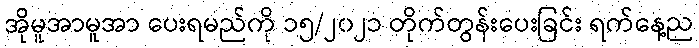
အိုမူအာမူအာ ပေးရမည်ကို ၁၅/၂၀၂၁ တိုက်တွန်းပေးခြင်း ရက်နေ့ည